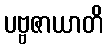
ပဗ္ဗဇာယာတိ